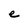
Character: e